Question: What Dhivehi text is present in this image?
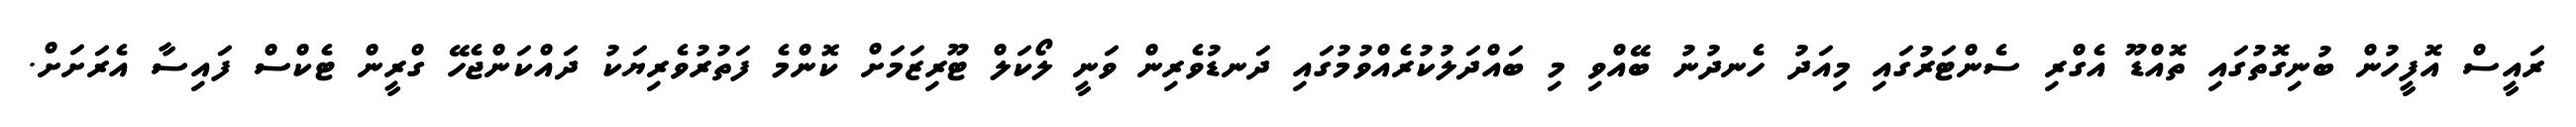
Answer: ރައީސް އޮފީހުން ބުނިގޮތުގައި ތޮއްޑޫ އެގްރި ސެންޓަރުގައި މިއަދު ހެނދުނު ބޭއްވި މި ބައްދަލުކުރެއްވުމުގައި ދަނޑުވެރިން ވަނީ ލޯކަލް ޓޫރިޒަމަށް ކޮންމެ ފަތުރުވެރިޔަކު ދައްކަންޖެހޭ ގްރީން ޓެކްސް ފައިސާ އެރަށަށް.